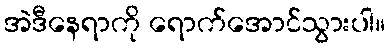
အဲဒီနေရာကို ရောက်အောင်သွားပါ။